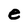
Character: e